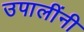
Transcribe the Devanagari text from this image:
उपालींनी